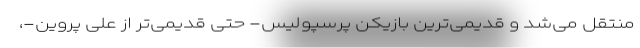
منتقل می‌شد و قدیمی‌ترین بازیکن پرسپولیس- حتی قدیمی‌تر از علی پروین-،